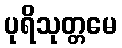
ပုရိသုတ္တမေ